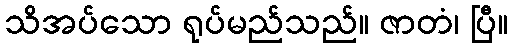
သိအပ်သော ရုပ်မည်သည်။ ဇာတံ၊ ပြီ။